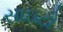
સાઇટો